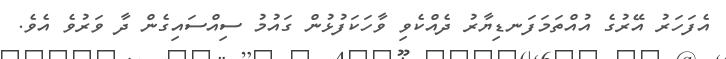
އެފަހަރު އޭރުގެ އުއްތަމަފަނޑިޔާރު ދެއްކެވި ވާހަކަފުޅުން ގައުމު ސިއްސައިގެން ދާ ވަރުވެ އެވެ.